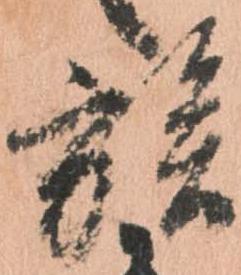
族